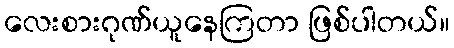
လေးစားဂုဏ်ယူနေကြတာ ဖြစ်ပါတယ်။